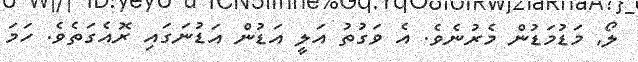
ލޯ